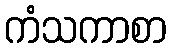
ကံသကာစာ